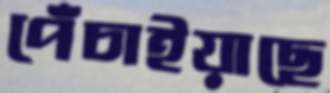
পেঁচাইয়াছে